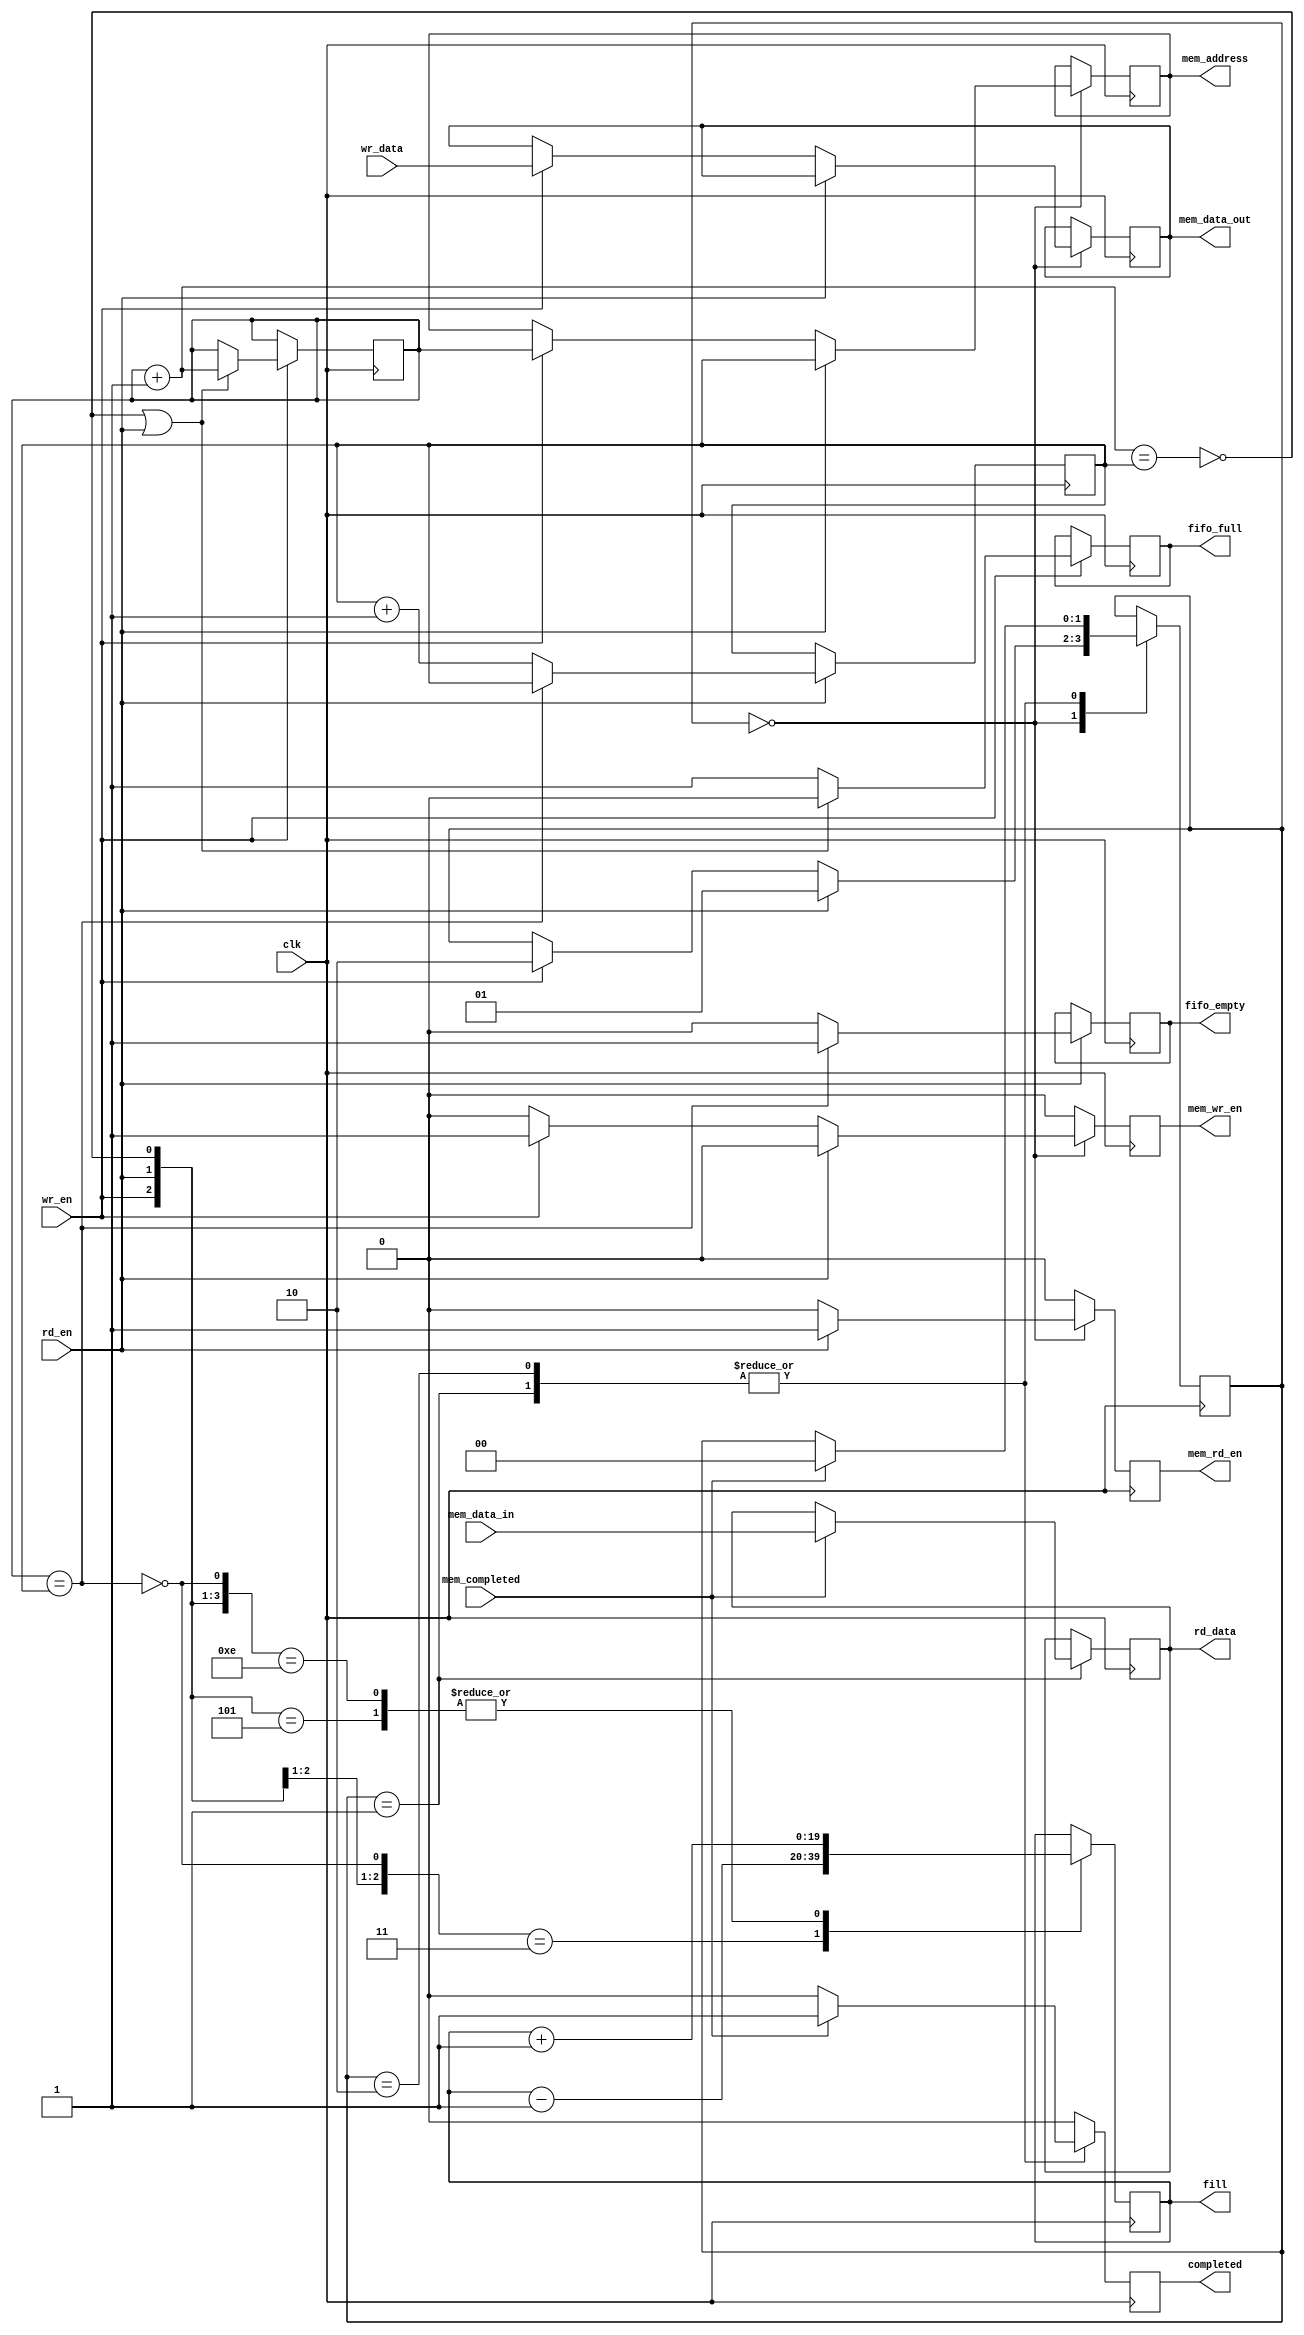
module fifo_extmem #(
		parameter BITS=8, parameter SIZE=1024*1024)
		(
		input wr_en,
		input [(BITS-1):0] wr_data,
		
		input rd_en,
		output reg [(BITS-1):0] rd_data,
		output reg completed,
		
		output reg fifo_empty = 1,
		output reg fifo_full = 0,

		output reg [(MAX_BITS-1):0] fill = 0,
		
		output mem_wr_en,
		output mem_rd_en,
		output reg [(MAX_BITS-1):0] mem_address,
		output reg [(BITS-1):0] mem_data_out,
		input [(BITS-1):0] mem_data_in,
		input mem_completed,
		
		input clk
		);

	localparam MAX_BITS = $clog2(SIZE);
		
	/* better solution
	 */	
	wire [(MAX_BITS-1):0]	nxt_addr;
	reg	[(MAX_BITS-1):0]	rd_addr = 0;
	reg [(MAX_BITS-1):0]	wr_addr = 0;

	wire full;
	wire empty;
	
	assign	nxt_addr = wr_addr + 1'b1;
	assign	full  = (nxt_addr == rd_addr);
	assign	empty = (wr_addr  == rd_addr);
	
	localparam STATE_IDLE = 0;
	localparam STATE_READING = 1;
	localparam STATE_WRITING = 2;
	reg [1:0] state = STATE_IDLE;
	
	always @(posedge clk) begin
		mem_wr_en <= 0;
		mem_rd_en <= 0;
		rd_data_en <= 0;
		completed <= 0;
		
		case (state)
			STATE_IDLE:
				if (rd_en) begin
					mem_rd_en <= 1;
					mem_address <= rd_addr;
					state <= STATE_READING;
				end else if (wr_en) begin
					mem_wr_en <= 1;
					mem_address <= wr_addr;
					mem_data_out <= wr_data;
					state <= STATE_WRITING;
				end
			STATE_READING:
				if (mem_completed) begin
					rd_data <= mem_data_in;
					completed <= 1;
					state <= STATE_IDLE;
				end
			STATE_WRITING:
				if (mem_completed) begin
					completed <= 1;
					state <= STATE_IDLE;
				end
		endcase
		
	end
			
	always @(posedge clk)
		if (wr_en) begin
			// Update the FIFO write address any time a write is made to
			// the FIFO and it's not FULL.
			//
			// OR any time a write is made to the FIFO at the same time a
			// read is made from the FIFO.
			if ((!full) || (rd_en)) begin
				fifo_full <= 0;
				wr_addr <= wr_addr + 1;
			end
			else
				fifo_full <= 1;
		end
		
	always @(posedge clk)
		if (rd_en) begin
			// On any read request, increment the pointer if the FIFO isn't
			// empty--independent of whether a write operation is taking
			// place at the same time.
			if (!empty) begin
				fifo_empty <= 0;
				rd_addr <= rd_addr + 1;
			end
			else
				// If a read is requested, but the FIFO was full, set
				// an underrun error flag.
				fifo_empty <= 1;
		end
		
	always @(posedge clk)
		casez({ wr_en, rd_en, !full, !empty })
			4'b01?1: fill <= fill - 1'b1;	// A successful read
			4'b101?: fill <= fill + 1'b1;	// A successful write
			4'b1110: fill <= fill + 1'b1;	// Successful write, failed read
				// 4'b11?1: Successful read *and* write -- no change
			default: fill <= fill;	// Default, no change
		endcase
		
endmodule